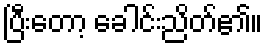
ပြီးတော့ ခေါင်းညိတ်၏။